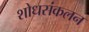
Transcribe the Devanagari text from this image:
शोधसंकलन